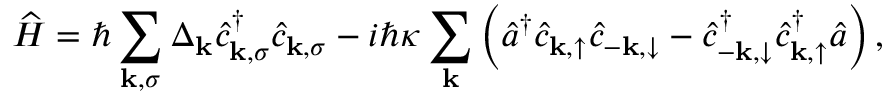
\widehat { H } = \hbar \sum _ { \mathbf { k } , \sigma } \Delta _ { \mathbf { k } } \hat { c } _ { \mathbf { k } , \sigma } ^ { \dagger } \hat { c } _ { \mathbf { k } , \sigma } - i \hbar \kappa \sum _ { \mathbf { k } } \left( \hat { a } ^ { \dagger } \hat { c } _ { \mathbf { k } , \uparrow } \hat { c } _ { - \mathbf { k } , \downarrow } - \hat { c } _ { - \mathbf { k } , \downarrow } ^ { \dagger } \hat { c } _ { \mathbf { k } , \uparrow } ^ { \dagger } \hat { a } \right) ,